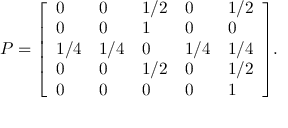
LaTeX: P = { \left[ \begin{array} { l l l l l } { 0 } & { 0 } & { 1 / 2 } & { 0 } & { 1 / 2 } \\ { 0 } & { 0 } & { 1 } & { 0 } & { 0 } \\ { 1 / 4 } & { 1 / 4 } & { 0 } & { 1 / 4 } & { 1 / 4 } \\ { 0 } & { 0 } & { 1 / 2 } & { 0 } & { 1 / 2 } \\ { 0 } & { 0 } & { 0 } & { 0 } & { 1 } \end{array} \right] } .